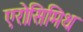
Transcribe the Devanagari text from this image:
एरोसिमिथ